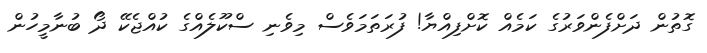
ގޮތުން ދަށްފެންވަރުގެ ކަމެއް ކޮށްފިއްޔާ! ފުރަތަމަވެސް މިވެނި ސްކޫލެއްގެ ކުއްޖެކޭ ދޯ ބުނާމީހުން